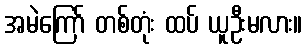
အမဲကြော် တစ်တုံး ထပ် ယူဦးမလား။